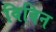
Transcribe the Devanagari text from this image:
विविन